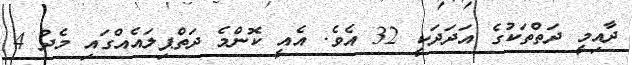
ދާއިމީ ދަތްތަކުގެ އަދަދަކީ 32 އެވެ. އެއީ ކޮންމެ ދަތްޕިލައެއްގައި މެދު 4